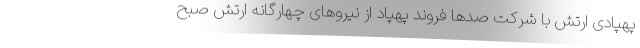
پهپادی ارتش با شرکت صدها فروند پهپاد از نیروهای چهارگانه ارتش صبح